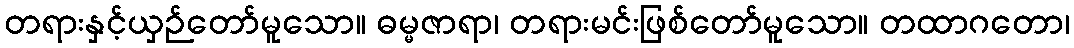
တရားနှင့်ယှဉ်တော်မူသော။ ဓမ္မဇာရာ၊ တရားမင်းဖြစ်တော်မူသော။ တထာဂတော၊